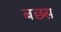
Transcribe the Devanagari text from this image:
बछ्स